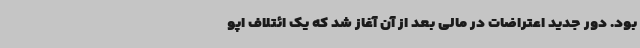
بود. دور جدید اعتراضات در مالی بعد از آن آغاز شد که یک ائتلاف اپو